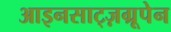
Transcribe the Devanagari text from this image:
आइनसाट्ज़ग्रूपेन